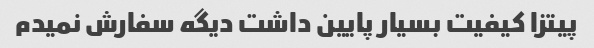
پیتزا کیفیت بسیار پایین داشت دیگه سفارش نمیدم